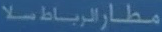
مطارالرباطسلا